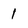
Character: 1